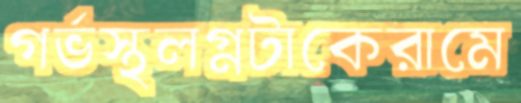
গর্ভস্থলগ্নটাকেরামে